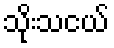
သိုးသငယ်